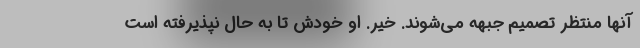
آنها منتظر تصمیم جبهه می‌شوند. خیر. او خودش تا به حال نپذیرفته است